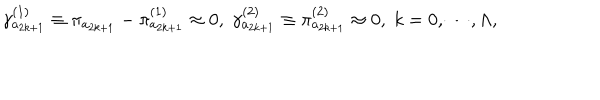
\gamma _ { a _ { 2 k + 1 } } ^ { ( 1 ) } \equiv \pi _ { a _ { 2 k + 1 } } - \pi _ { a _ { 2 k + 1 } } ^ { ( 1 ) } \approx 0 , \; \gamma _ { a _ { 2 k + 1 } } ^ { ( 2 ) } \equiv \pi _ { a _ { 2 k + 1 } } ^ { ( 2 ) } \approx 0 , \; k = 0 , \cdots , \Lambda ,